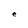
Character: e